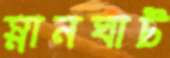
স্নানঘাট